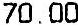
70.00